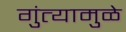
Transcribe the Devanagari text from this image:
गुंत्यामुळे